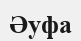
Әуфа